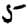
Digit: 5